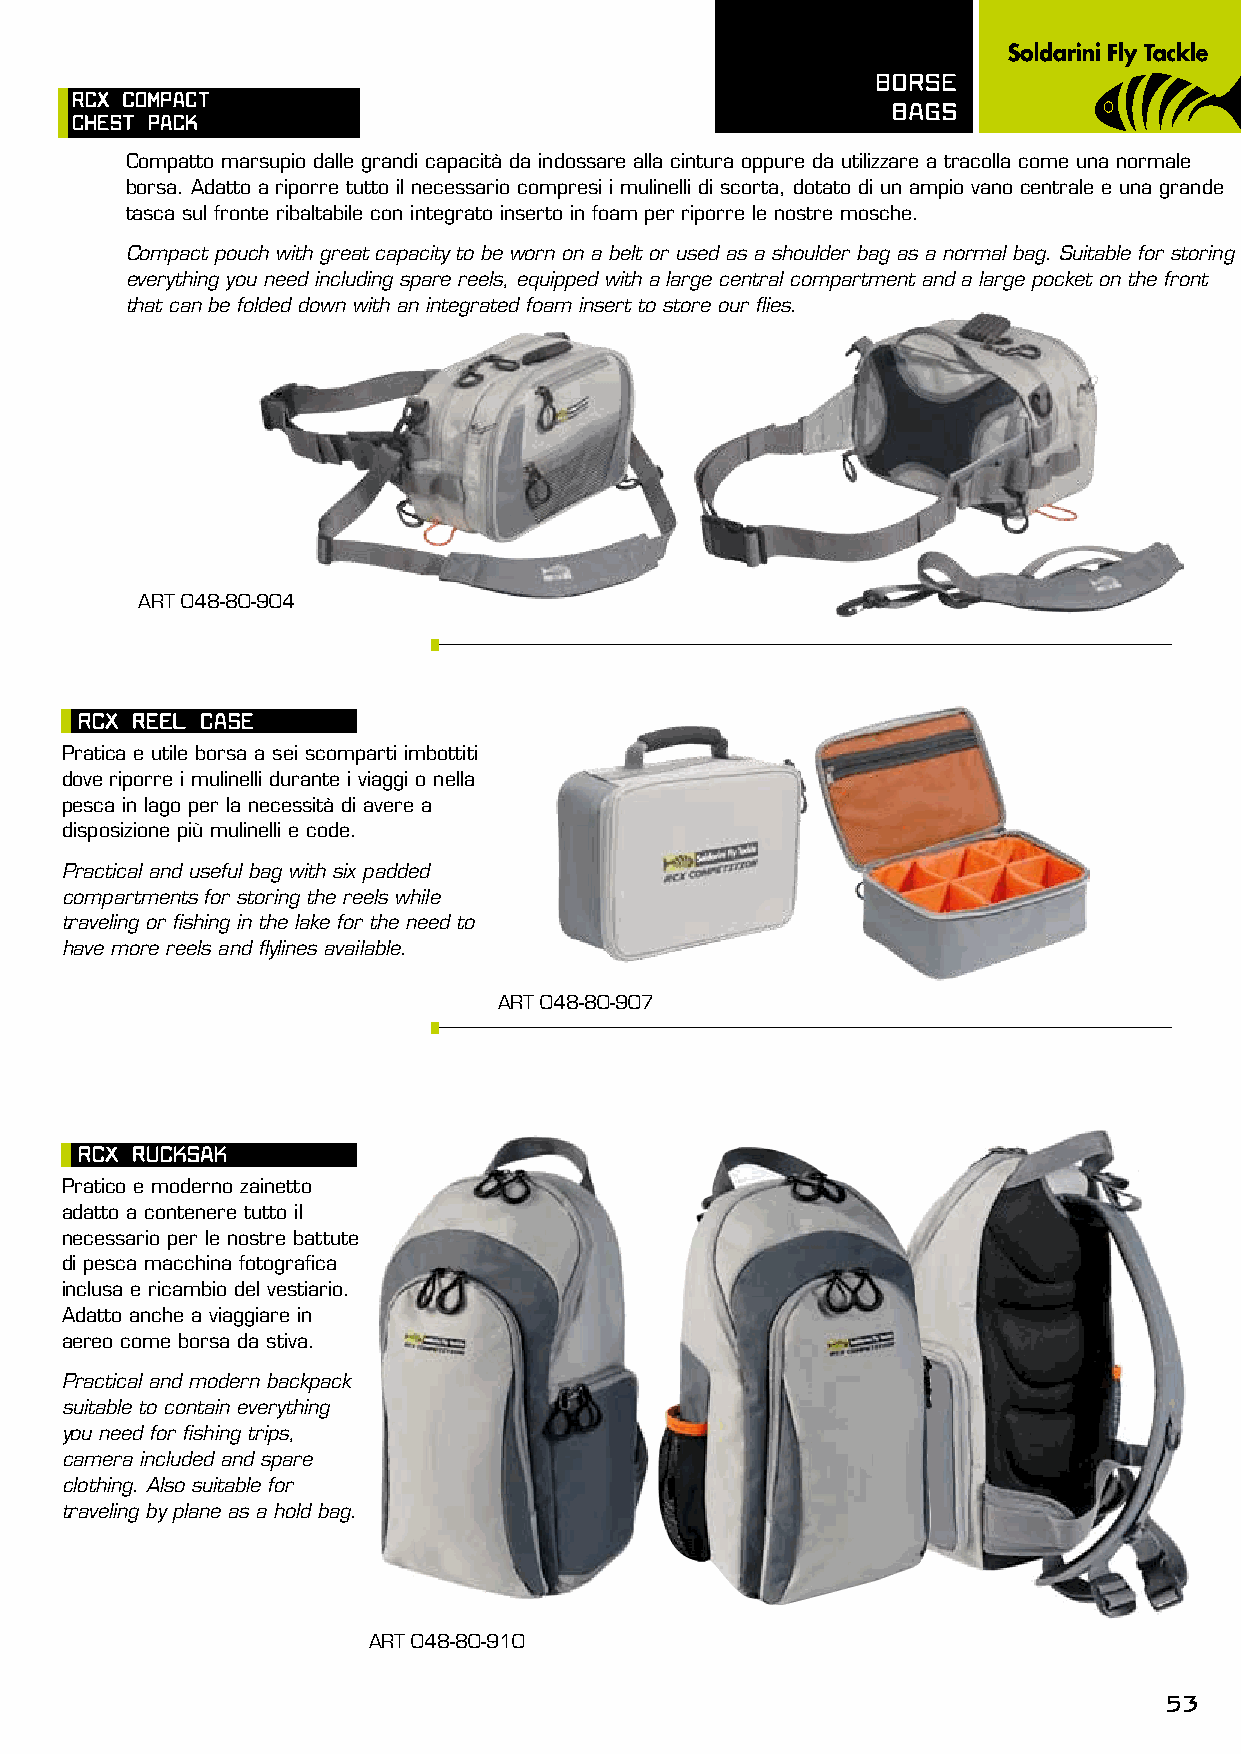
BORsE
 RCX COmpACT
 BAGs
 ChEsT pACK
 Compatto marsupio dalle grandi capacità da indossare alla cintura oppure da utilizzare a tracolla come una normale
 borsa. Adatto a riporre tutto il necessario compresi i mulinelli di scorta, dotato di un ampio vano centrale e una grande
 tasca sul fronte ribaltabile con integrato inserto in foam per riporre le nostre mosche.
 Compact pouch with great capacity to be worn on a belt or used as a shoulder bag as a normal bag. Suitable for storing
 everything you need including spare reels, equipped with a large central compartment and a large pocket on the front
 that can be folded down with an integrated foam insert to store our flies.
 ART 048-80-904
 RCX REEL CAsE
 Pratica e utile borsa a sei scomparti imbottiti
 dove riporre i mulinelli durante i viaggi o nella
 pesca in lago per la necessità di avere a
 disposizione più mulinelli e code.
 Practical and useful bag with six padded
 compartments for storing the reels while
 traveling or fishing in the lake for the need to
 have more reels and flylines available.
 ART 048-80-907
 RCX RUCKsAK
 Pratico e moderno zainetto
 adatto a contenere tutto il
 necessario per le nostre battute
 di pesca macchina fotografica
 inclusa e ricambio del vestiario.
 Adatto anche a viaggiare in
 aereo come borsa da stiva.
 Practical and modern backpack
 suitable to contain everything
 you need for fishing trips,
 camera included and spare
 clothing. Also suitable for
 traveling by plane as a hold bag.
 ART 048-80-910
 53